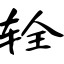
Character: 辁